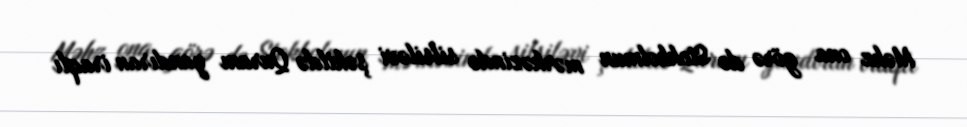
Məhz ona görə də Stokholmun mərkəzində silsiləvi şəkildə Quranı yandıran iraqlı